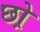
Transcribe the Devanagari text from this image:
छो़